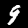
Digit: 9